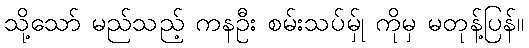
သို့သော် မည်သည့် ကနဦး စမ်းသပ်မ်ှု ကိုမှ မတုန့်ပြန်။